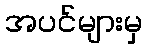
အပင်များမှ